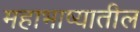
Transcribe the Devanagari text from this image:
महाभाष्यातील